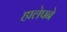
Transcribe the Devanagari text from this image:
हालेपने